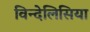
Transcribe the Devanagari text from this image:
विन्देलिसिया